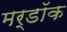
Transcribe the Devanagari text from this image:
मर्डॉक